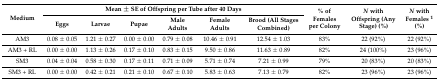
<table><thead><tr><td rowspan="2"><b>Medium</b></td><td colspan="6"><b>Mean ± SE of Offspring per Tube after 40 Days</b></td><td rowspan="2"><b>% of Females per Colony</b></td><td rowspan="2"><b><i>N</i> with Offspring(Any Stage)(%)</b></td><td rowspan="2"><b><i>N</i> with Females <sup>1</sup> (%)</b></td></tr><tr><td><b>Eggs</b></td><td><b>Larvae</b></td><td><b>Pupae</b></td><td><b>Male Adults</b></td><td><b>Female Adults</b></td><td><b>Brood (All Stages Combined)</b></td></tr></thead><tbody><tr><td>AM3</td><td>0.08 ± 0.05</td><td>1.21 ± 0.27</td><td>0.00 ± 0.00</td><td>0.79 ± 0.08</td><td>10.46 ± 0.91</td><td>12.54 ± 1.03</td><td>83%</td><td>22 (92%)</td><td>22 (92%)</td></tr><tr><td>AM3 + RL</td><td>0.00 ± 0.00</td><td>1.13 ± 0.26</td><td>0.17 ± 0.10</td><td>0.83 ± 0.15</td><td>9.50 ± 0.86</td><td>11.63 ± 0.89</td><td>82%</td><td>24 (100%)</td><td>23 (96%)</td></tr><tr><td>SM3</td><td>0.04 ± 0.04</td><td>0.58 ± 0.30</td><td>0.17 ± 0.11</td><td>0.71 ± 0.09</td><td>5.71 ± 0.74</td><td>7.21 ± 0.99</td><td>79%</td><td>20 (83%)</td><td>20 (83%)</td></tr><tr><td>SM3 + RL</td><td>0.00 ± 0.00</td><td>0.42 ± 0.21</td><td>0.21 ± 0.10</td><td>0.67 ± 0.10</td><td>5.83 ± 0.63</td><td>7.13 ± 0.79</td><td>82%</td><td>23 (96%)</td><td>23 (96%)</td></tr></tbody></table>